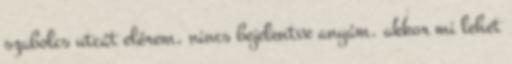
szabolcs utcát elérem, nincs bejelentve anyám. akkor mi lehet